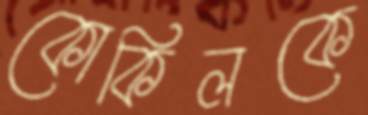
কোকিলকে